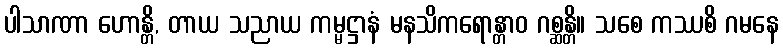
ပါသာဏာ ဟောန္တိ, တာယ သညာယ ကမ္မဋ္ဌာနံ မနသိကရောန္တာဝ ဂစ္ဆန္တိ။ သစေ ကဿစိ ဂမနေ